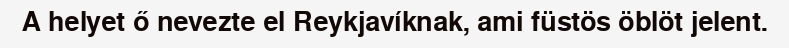
A helyet ő nevezte el Reykjavíknak, ami füstös öblöt jelent.